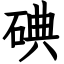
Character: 碘